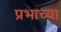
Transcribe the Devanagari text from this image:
प्रभाच्या